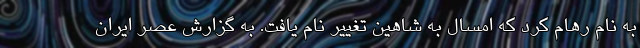
به نام رهام کرد که امسال به شاهین تغییر نام یافت. به گزارش عصر ایران